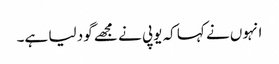
انہوں نے کہا کہ یوپی نے مجھے گود لیا ہے۔